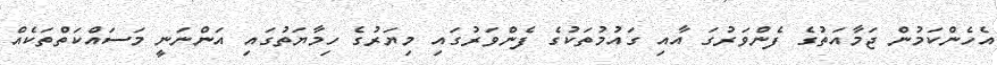
އެހެންކަމުން ޖަމާއަތުގެ ފެންވަރުގަ އާއި ގައުމުތަކުގެ ފެންވަރުގައި މިޔަރުގެ ހިމާޔަތުގައި އަންނަނީ މަސައްކަތްތަކެއް